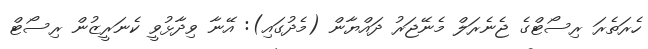
ހެރަތެރަ ރިސޯޓްގެ ޖެނެރަލް މެނޭޖަރު ދައްޔާން (މެދުގައި): އޭނާ ވިދާޅުވީ ކެނަރީޒުން ރިސޯޓް